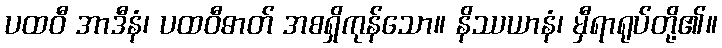
ပထဝီ အာဒီနံ၊ ပထဝီဓာတ် အစရှိကုန်သော။ နိဿယာနံ၊ မှီရာရုပ်တို့၏။